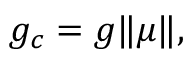
\begin{array} { r } { g _ { c } = g \lVert \boldsymbol { \mu } \rVert , } \end{array}